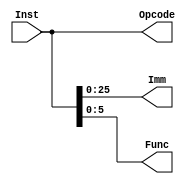
`timescale 1ns / 1ps
//////////////////////////////////////////////////////////////////////////////////
// Company: 
// Engineer: 
// 
// Design Name: 
// Module Name: ID_EX_D
// Project Name: 
// Target Devices: 
// Tool Versions: 
// Description: 
// 
// Dependencies: 
// 
// Revision:
// Revision 0.01 - File Created
// Additional Comments:
// 
//////////////////////////////////////////////////////////////////////////////////


module ID_EX_D(Inst,Imm,Func,Opcode);
    input[31:0]Inst;
    output[25:0]Imm;
    output[5:0]Func;
    output[31:0]Opcode;
    assign Imm = Inst[25:0];
    assign Func = Inst[5:0];
    assign Opcode = Inst[31:0];
endmodule